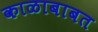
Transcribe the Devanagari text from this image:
काळाबाबत